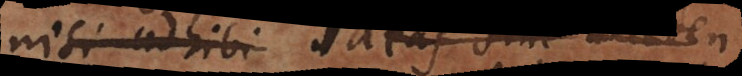
nisi adhibi ideas sine